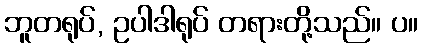
ဘူတရုပ်, ဥပါဒါရုပ် တရားတို့သည်။ ပ။